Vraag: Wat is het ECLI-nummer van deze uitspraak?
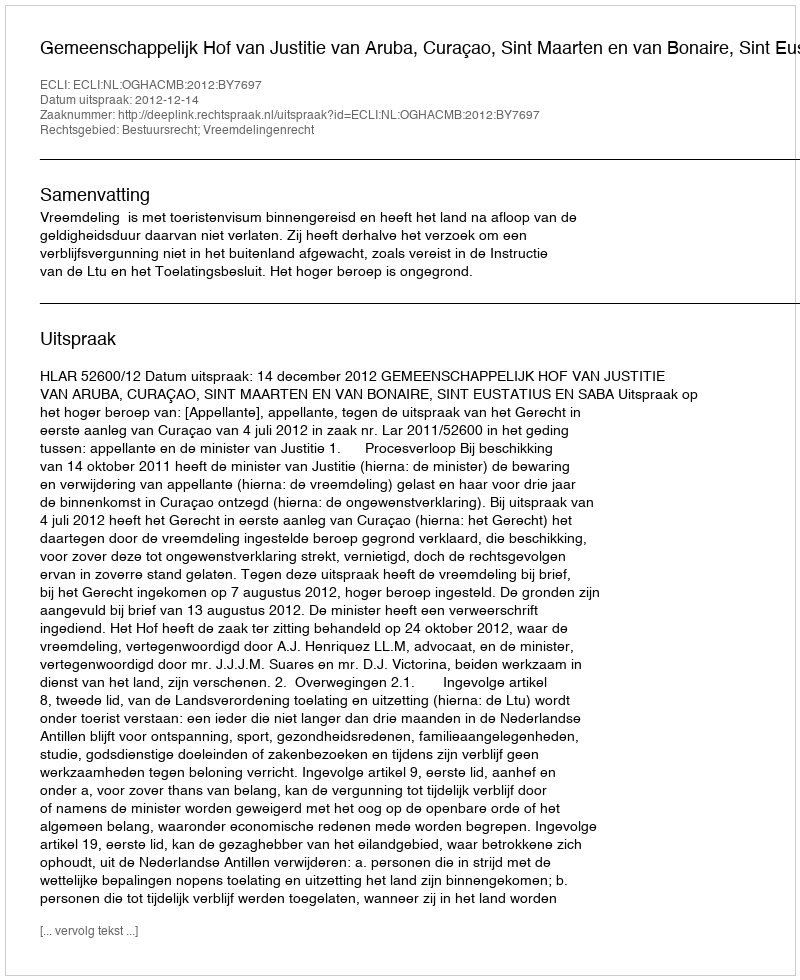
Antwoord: ECLI:NL:OGHACMB:2012:BY7697